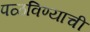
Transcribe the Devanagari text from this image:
पळविण्याची